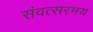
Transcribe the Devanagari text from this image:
संवत्सरमय